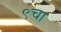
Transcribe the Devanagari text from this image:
९चा